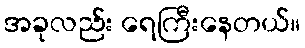
အခုလည်း ရေကြီးနေတယ်။